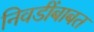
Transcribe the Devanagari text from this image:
निवडींबाबत